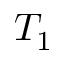
T _ { 1 }